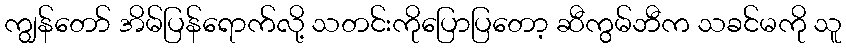
ကျွန်တော် အိမ်ပြန်ရောက်လို့ သတင်းကိုပြောပြတော့ ဆီကွမ်ဘီက သခင်မကို သူ